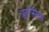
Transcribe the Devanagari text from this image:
व्लासिक